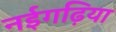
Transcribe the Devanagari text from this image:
नईगढ़िया